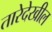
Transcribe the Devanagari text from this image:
तारेदेखील